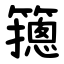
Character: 䉥